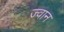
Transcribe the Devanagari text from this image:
ज्वान